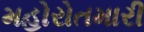
મહોરોતમારી